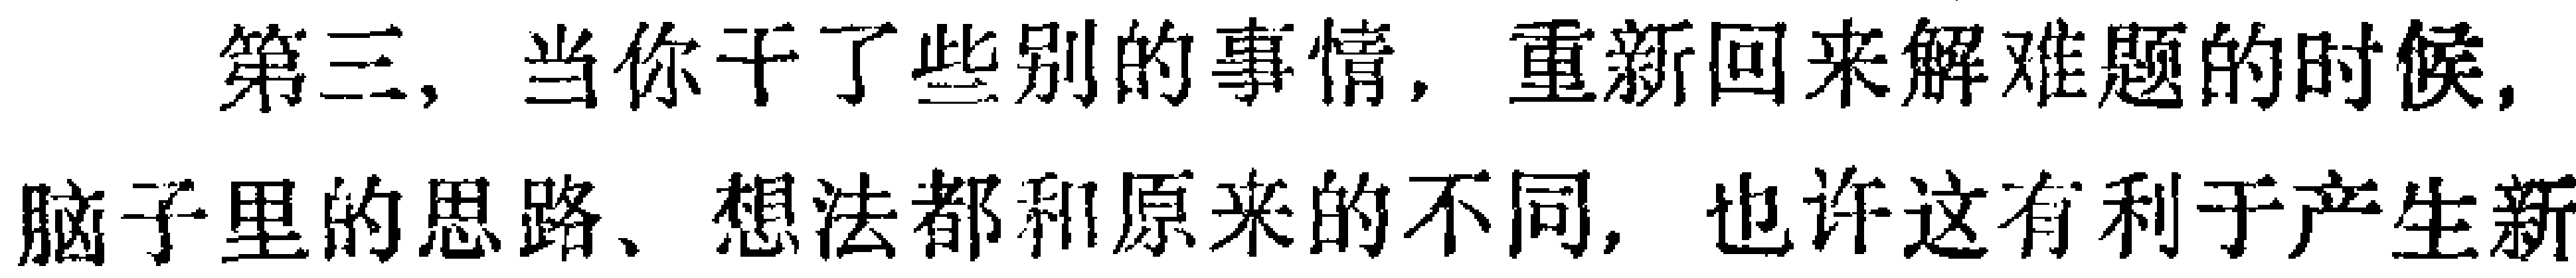
第三，当你干了些别的事情，重新回来解难题的时候，脑子里的思路、想法都和原来的不同，也许这有利于产生新